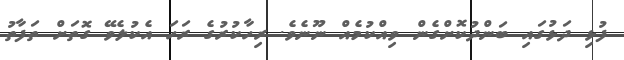
ފުޅި ދަޅުގައި ބަންދުކޮށްގެން ވިއްކުމެއް ނޫނެވެ. ރިހާކުރުގެ ރަހަ އެކުލެވޭ ގޮތަށް ތަފާތު